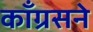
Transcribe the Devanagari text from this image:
काँग्रसने